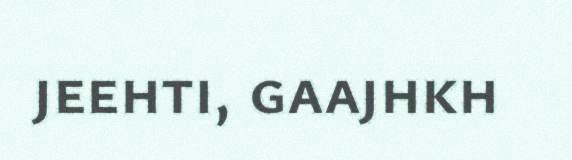
jeehti, gaajhkh